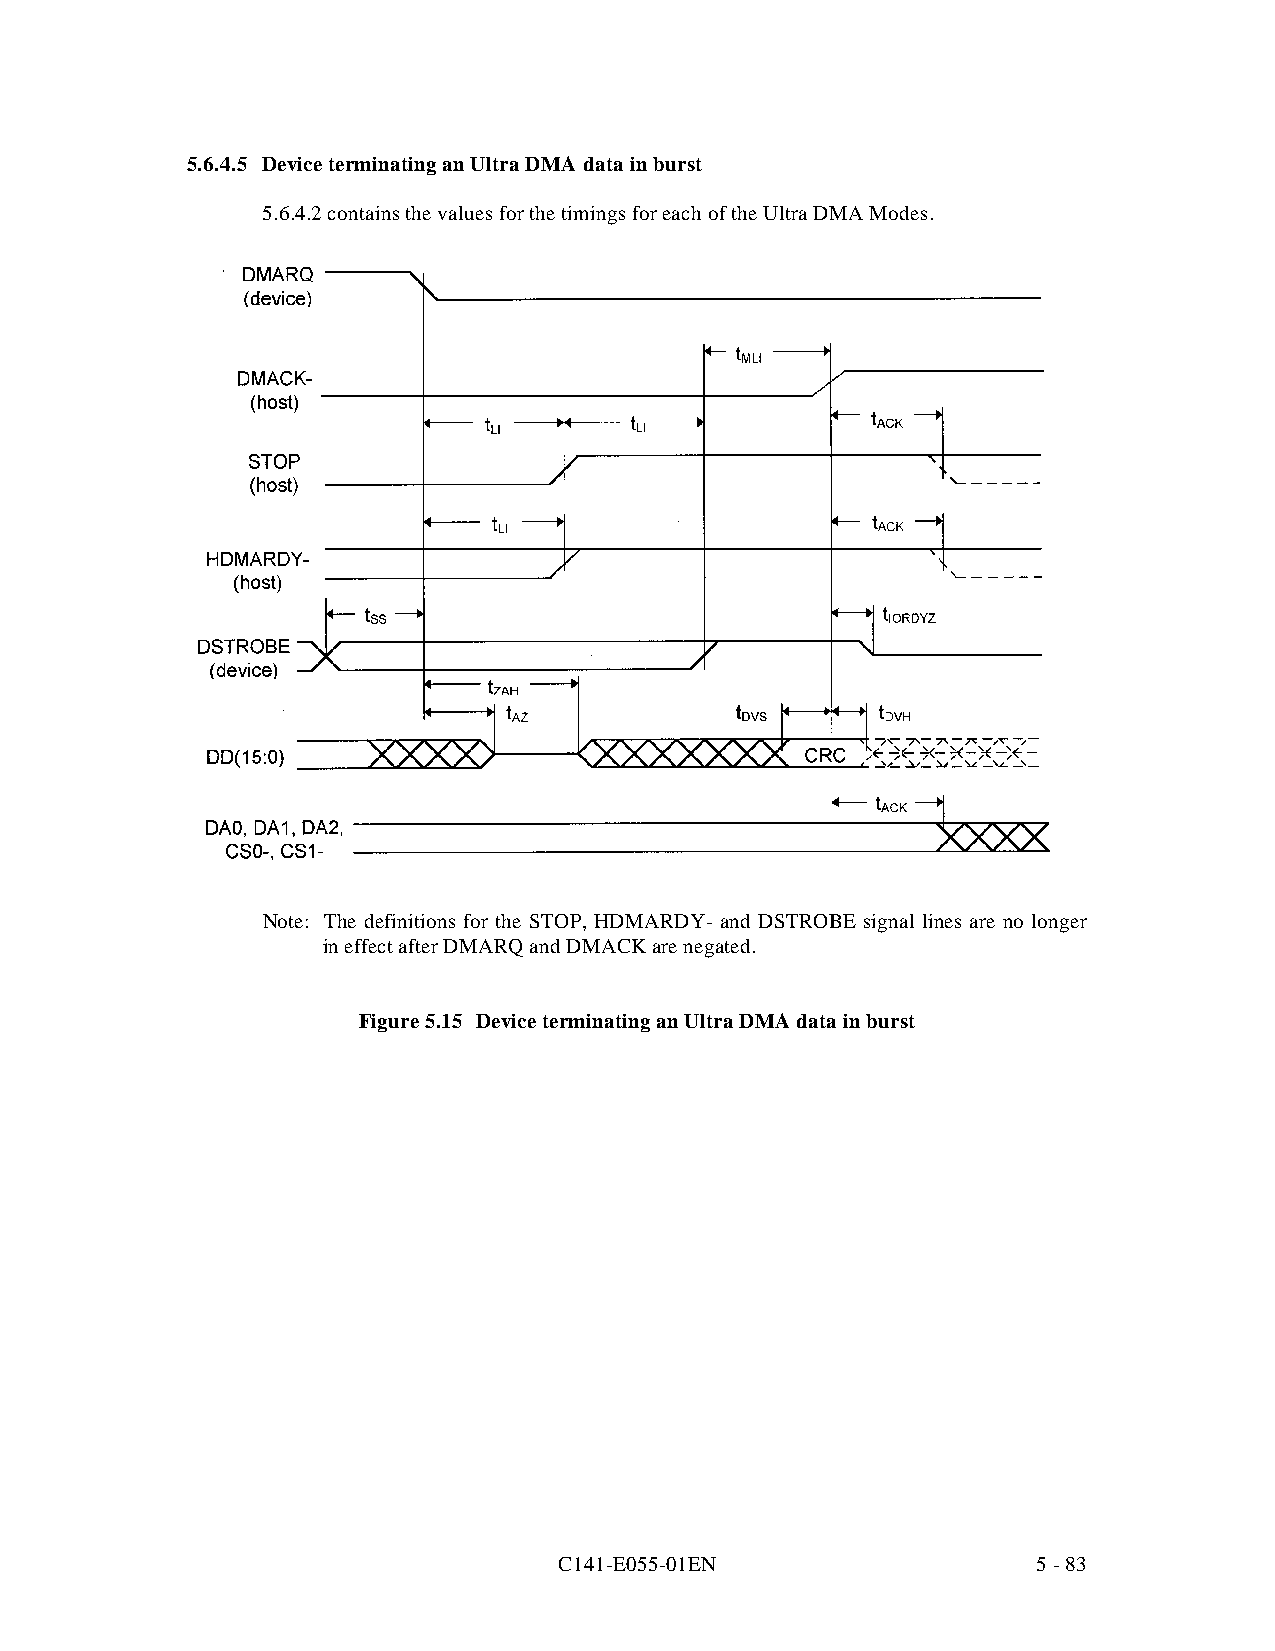
5.6.4.5 Device terminating an Ultra DMA da ta in burst
 5.6.4.2 contains the values for the timings for each of the Ultra DMA Modes.
 Note: The definitions for the STOP, HDMARDY- and DSTROBE signal lines are no longer
 in effect after DMARQ and DMACK are negated.
 Figure 5.15 Device terminating an Ultra DMA data in burst
 C141-E055-01EN                  5 - 83